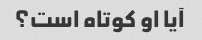
آیا او کوتاه است؟